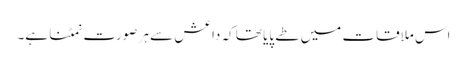
اس ملاقات میں طے پایا تھا کہ داعش سے ہر صورت نمٹنا ہے۔